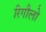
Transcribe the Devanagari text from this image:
रिगौलो